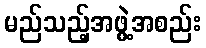
မည်သည့်အဖွဲ့အစည်း